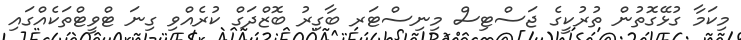
މިކަމާ ގުޅޭގޮތުން ތުރުކީގެ ޖަސްޓިސް މިނިސްޓަރ ބާގިރު ބޮޒްދަގް ކުރެއްވި ގިނަ ޓްވީޓްތަކެއްގައި